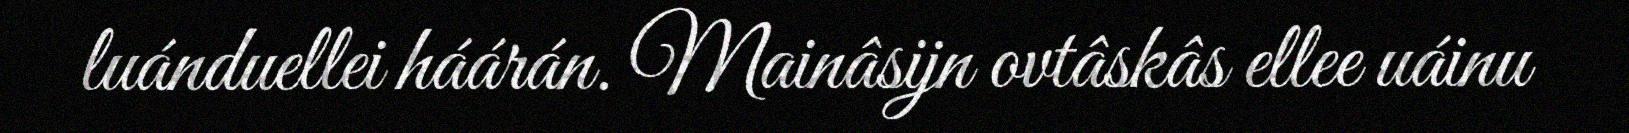
luánduellei háárán. Mainâsijn ovtâskâs ellee uáinu